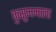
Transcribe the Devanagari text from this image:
कुसुममाला